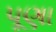
પૂણા